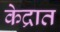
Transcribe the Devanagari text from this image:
केद्रात